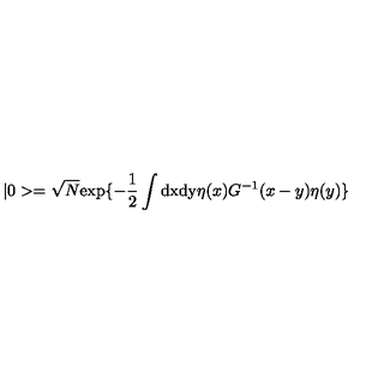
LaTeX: | 0 > = \sqrt N \mathrm { e x p } \{ - \frac { 1 } { 2 } \int \mathrm { d x d y } \eta ( x ) G ^ { - 1 } ( x - y ) \eta ( y ) \}